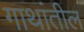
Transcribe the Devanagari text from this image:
गाथांतील